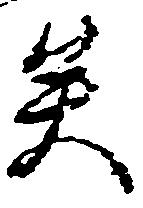
矣